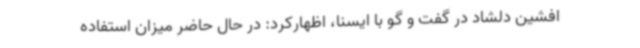
افشین دلشاد در گفت و گو با ایسنا، اظهارکرد: در حال حاضر میزان استفاده